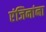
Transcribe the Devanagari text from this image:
एंजिनांना